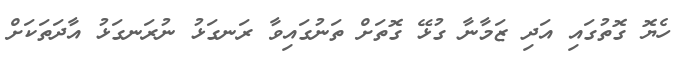
ހެޔޮ ގޮތުގައި އަދި ޒަމާނާ ގުޅޭ ގޮތަށް ތަނުގައިވާ ރަނގަޅު ނުރަނގަޅު އާދަތަކަށް